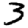
Digit: 3